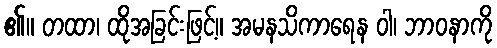
၏။ တထာ၊ ထိုအခြင်းဖြင့်။ အမနသိကာရေန ဝါ၊ ဘာဝနာကို